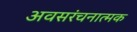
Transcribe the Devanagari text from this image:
अवसरंचनात्मक